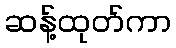
ဆန့်ထုတ်ကာ